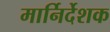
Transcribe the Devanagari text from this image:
मार्निर्देशक